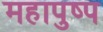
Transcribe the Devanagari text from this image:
महापुष्प